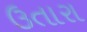
ઉતારા